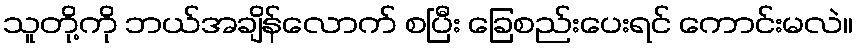
သူတို့ကို ဘယ်အချိန်လောက် စပြီး ခြေစည်းပေးရင် ကောင်းမလဲ။